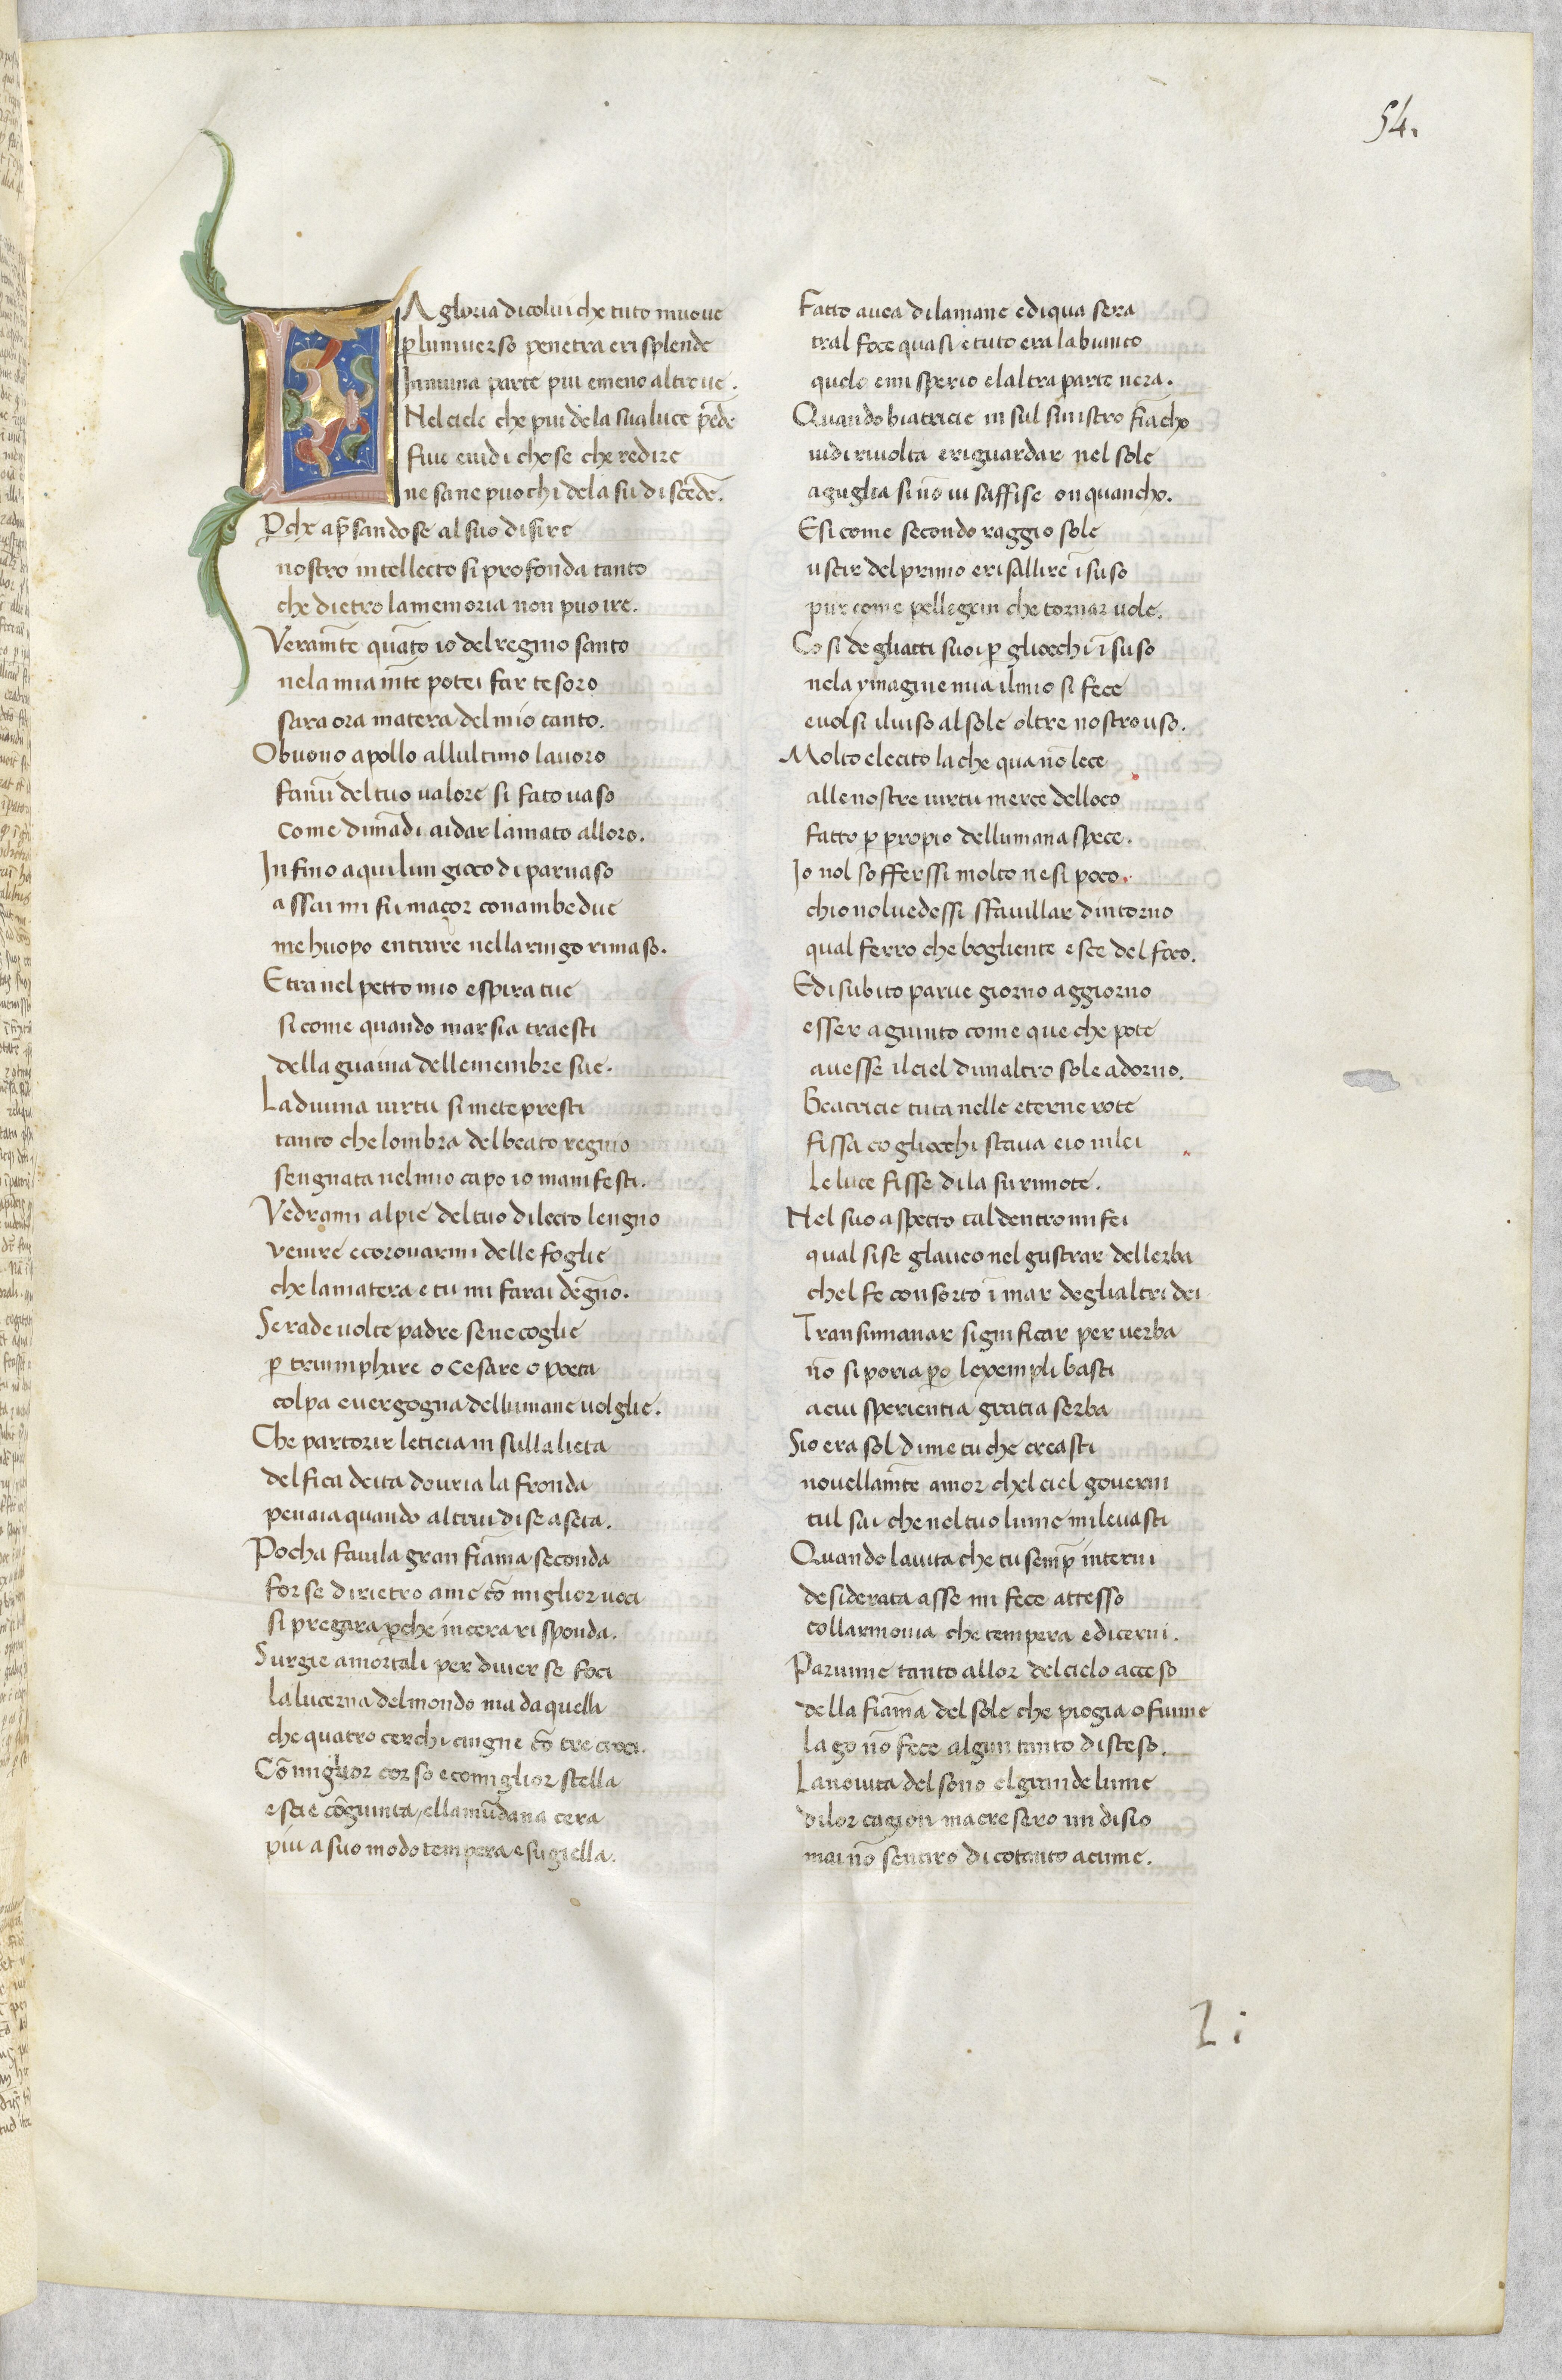
Shelfmark: Paris, BnF, ita. 79
Century: 14